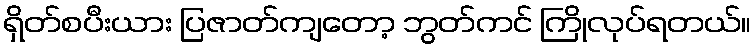
ရှိတ်စပီးယား ပြဇာတ်ကျတော့ ဘွတ်ကင် ကြိုလုပ်ရတယ်။